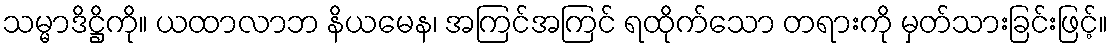
သမ္မာဒိဋ္ဌိကို။ ယထာလာဘ နိယမေန၊ အကြင်အကြင် ရထိုက်သော တရားကို မှတ်သားခြင်းဖြင့်။